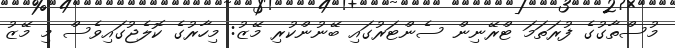
މުސްތާގުގެ ފުރަތަމަ ޓްރޭނިން ސެންޓަރުގައި ބޭނުންކުރި މޭޒު: މިހާރުގެ ކޮލެޖުގައިވެސް މި މޭޒު